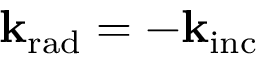
\mathbf { k } _ { \mathrm { { r a d } } } = - \mathbf { k } _ { \mathrm { { i n c } } }